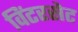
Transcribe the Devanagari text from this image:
विंटरसेट